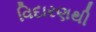
વિદારણથી